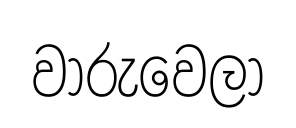
වාරුවෙලා